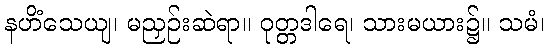
နဟိံသေယျ၊ မညှဉ်းဆဲရာ။ ဝုတ္တဒါရေ၊ သားမယား၌။ သမံ၊